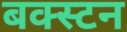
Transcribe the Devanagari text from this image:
बक्स्टन